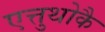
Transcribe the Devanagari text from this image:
एत्तुथोकै